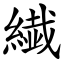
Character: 繊